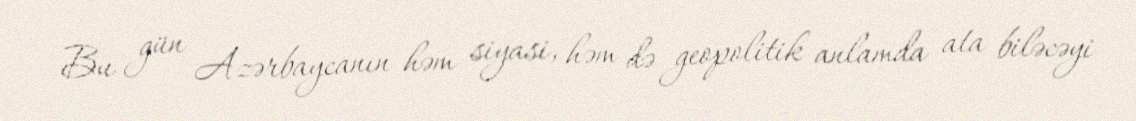
Bu gün Azərbaycanın həm siyasi, həm də geopolitik anlamda ata biləcəyi